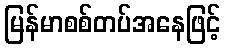
မြန်မာစစ်တပ်အနေဖြင့်